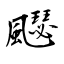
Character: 飋